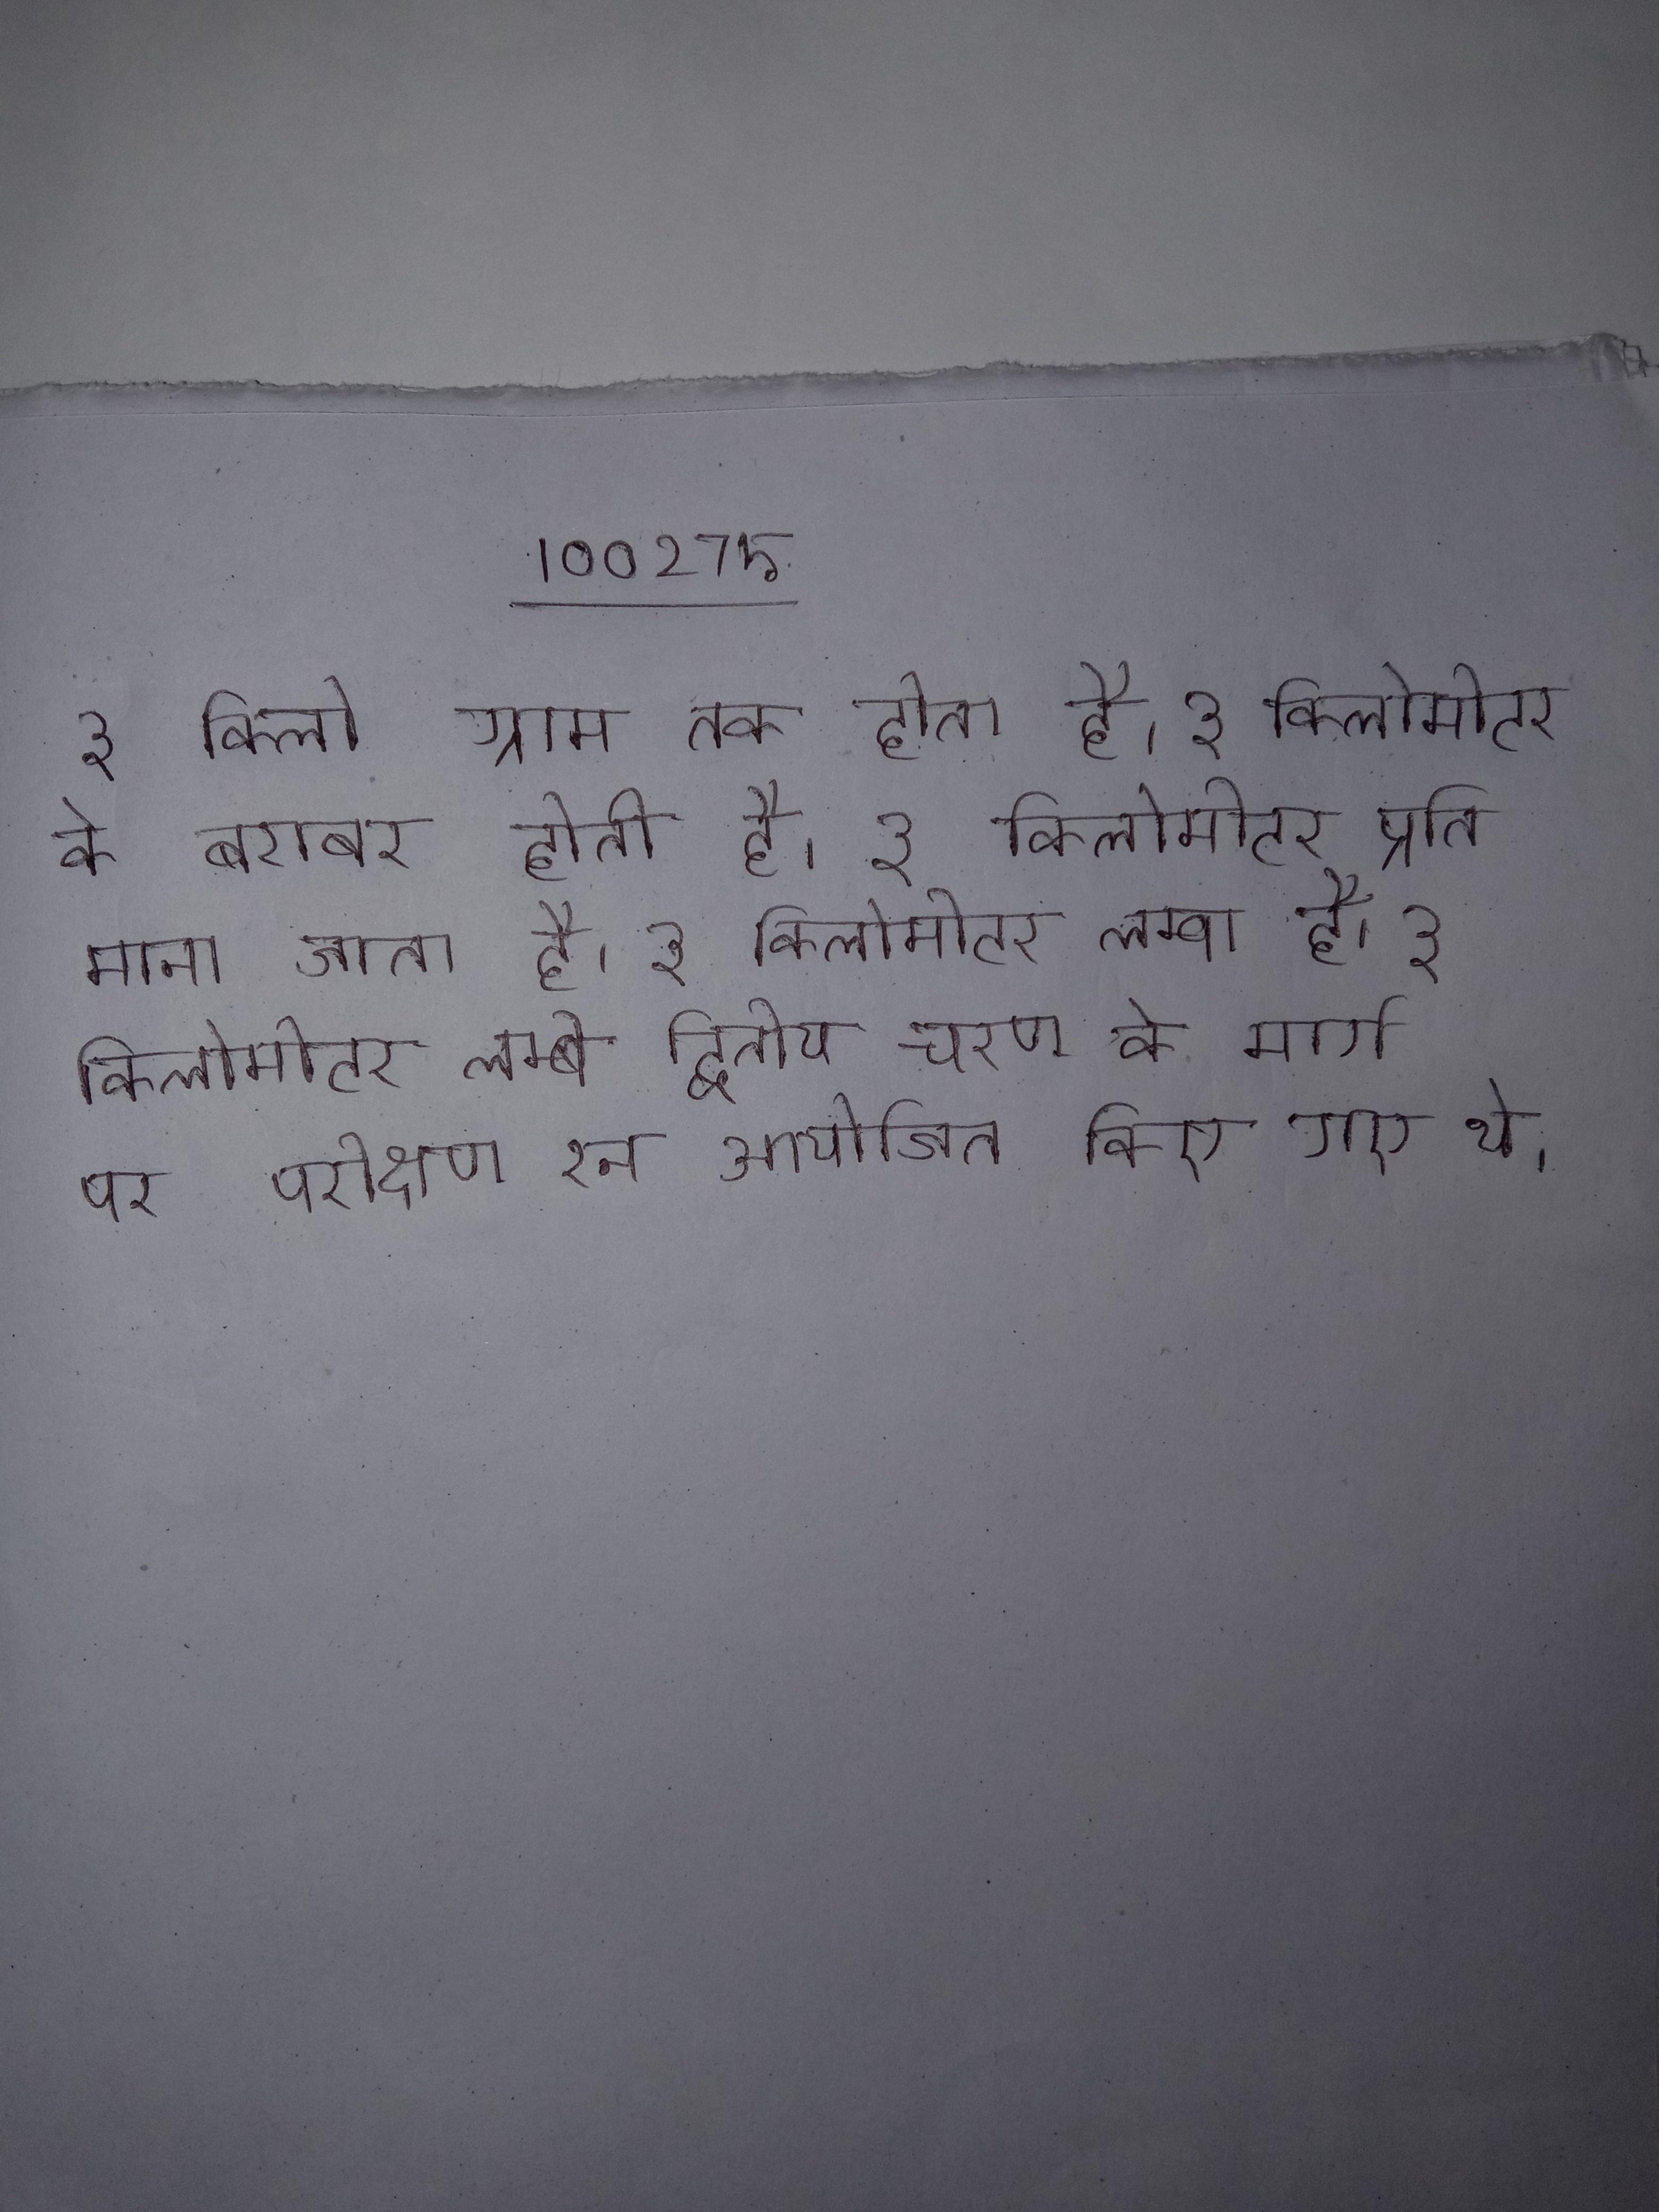
३ किलो ग्राम तक होता है । ३ किलोमीटर के बराबर होती है । ३ किलोमीटर प्रति माना जाता है । ३ किलोमीटर लम्बा है । ३ किलोमीटर लम्बे द्वितीय चरण के मार्ग पर परीक्षण रन आयोजित किए गए थे ।